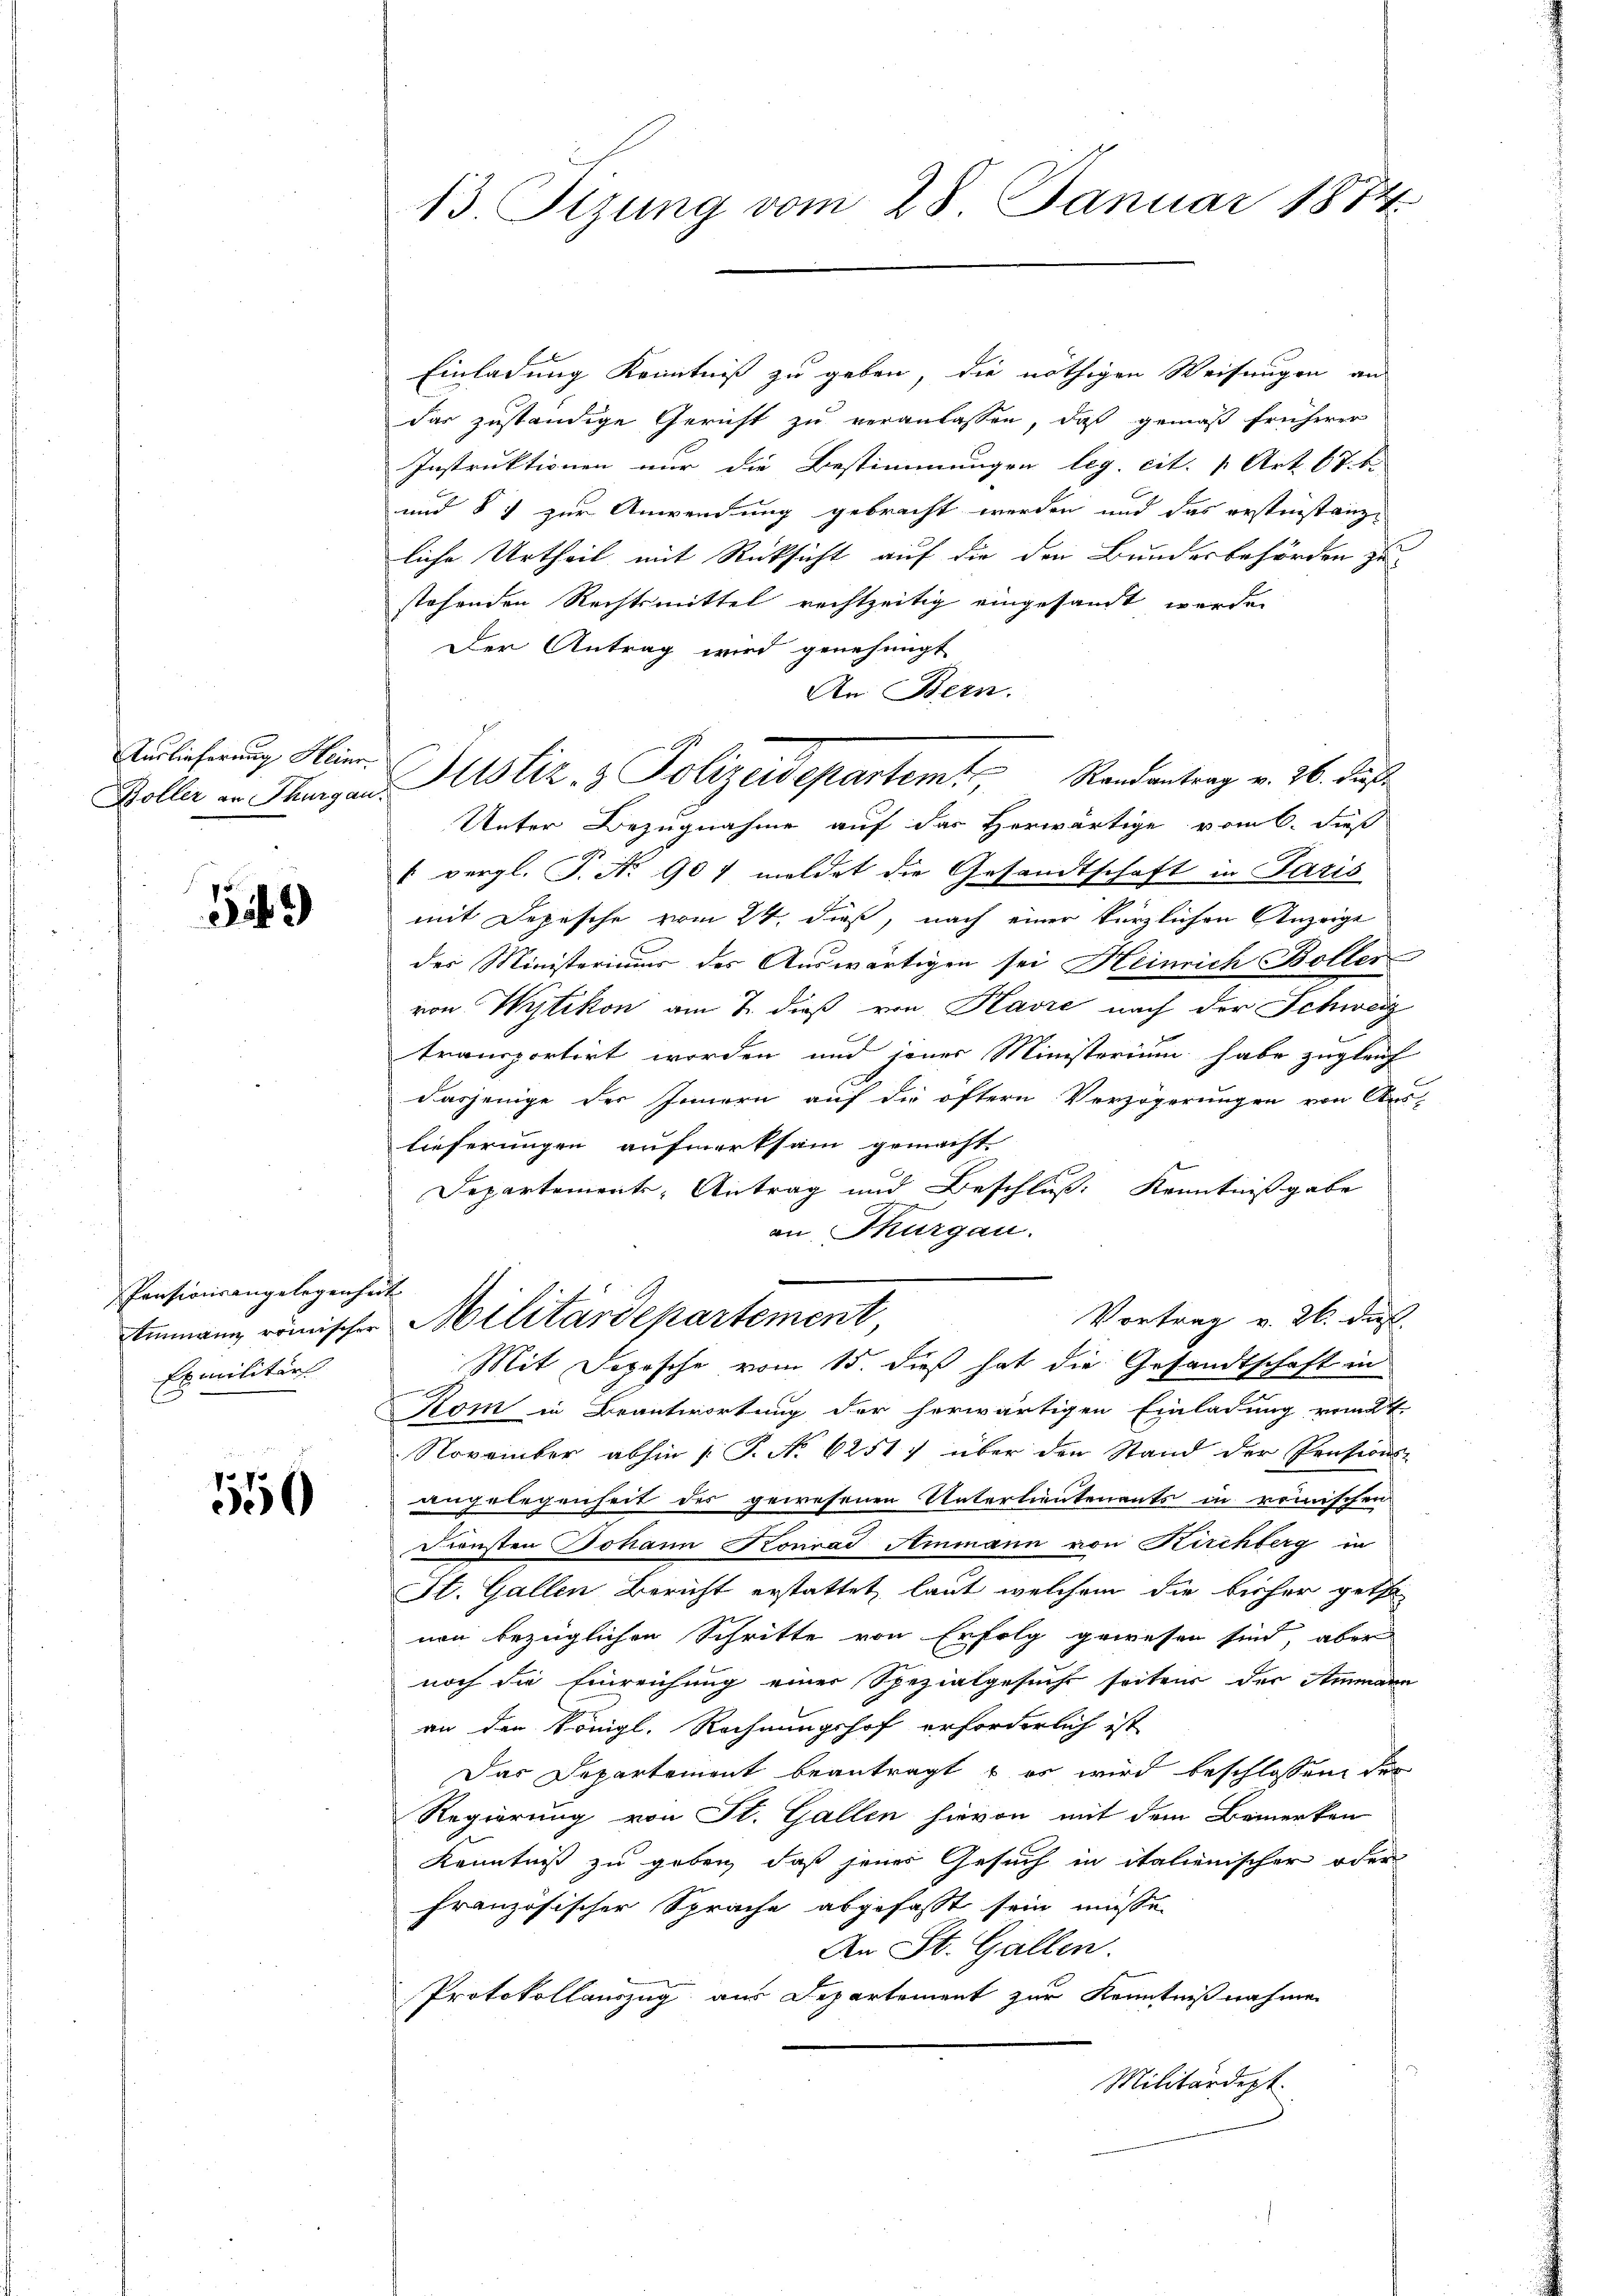
Auslieferung Heinr.

3169

Pensionsangelegenheit
Exmilitär

1550

13. Fizung vom 28. Januar 1872

Einladung Kenntniß zu geben, die nöthigen Weisungen an
das zuständige Gericht zu veranlassen, daß gemäß früherer
Instruktionen nur die Bestimmungen leg. cit. 1 Art. 67. bi
und § 7 zur Anwendung gebracht werden und das erstinstanze
liche Urtheil mit Rücksicht auf die den Bundesbehörden zu
stehenden Rechtsmittel rechtzeitig eingesandt werden
Der Antrag wird genehmigt
An Bern.
Unter Bezugnahme auf das Herwärtige vom 6. dieß
6 vergl. P. Nr. 907 meldet die Gesandtschaft in Paris
mit Depesche vom 24. dieß, nach einer kürzlichen Anzeige
der Ministeriums des Auswärtigen sei Heinrich Boller
von Wytikon am 7. dieß von Kavre nach der Schweiz
transportirt worden und jener Ministerium habe zugleich
dasjenige der Innern auf die öftern Verzögerungen von Aus-
lieferungen aufmerksam gemacht.
Departements-Antrag und Beschluß: Kenntnißgabe
an Thurgau.

Koller in Stangen Altstiz- & Polizeidepartem Randantrag v. 26. dieß

Vortrag v. 26. dies
Einmann römischen Militärdepartement,
Mit Depesche vom 15. dieß hat die Gesandtschaft in

Kom in Beantwortung der herwärtigen Einladung vom 2t.
November abhin 1. P. No 6251) über den Stand der Pensions-
angelegenheit der gewesenen Unterlieutenants in römischen
Diensten Johann Konrad Ammann von Kirchberg in
St. Gallen Bericht erstattet, laut welchem die bisher getha
nen bezüglichen Schritte von Erfolg gewesen sind, aber
noch die Einreichung einer Spezialgesucht seitens der Ammann
an den Königl. Rechnungshof erforderlich ist
Das Departement beantragt & es wird beschlossen der
Regierung von St. Gallen hievon mit dem Bemerken
Kenntniß zu geben, daß jenes Gesuch in italienischer oder
französischer Sprache abgefasst sein müsse.
An St. Gallen.
Protokollauszug aus Departement zur Kenntnißnahmen
Militärdept.